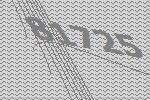
81725